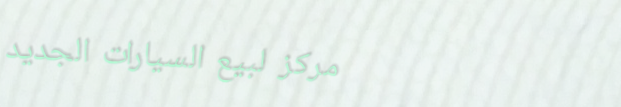
مركز لبيع السيارات الجديد